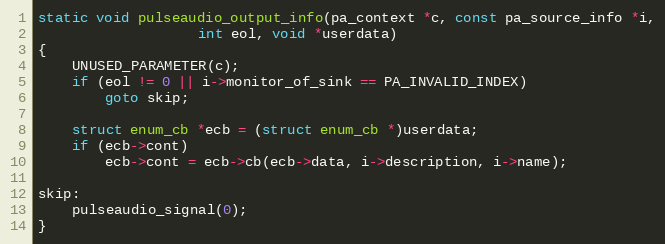
Language: C
static void pulseaudio_output_info(pa_context *c, const pa_source_info *i,
				   int eol, void *userdata)
{
	UNUSED_PARAMETER(c);
	if (eol != 0 || i->monitor_of_sink == PA_INVALID_INDEX)
		goto skip;

	struct enum_cb *ecb = (struct enum_cb *)userdata;
	if (ecb->cont)
		ecb->cont = ecb->cb(ecb->data, i->description, i->name);

skip:
	pulseaudio_signal(0);
}